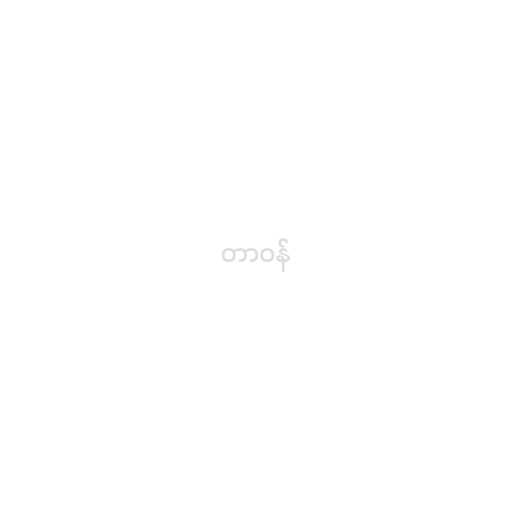
တာဝန်